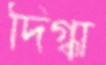
দিগ্ধা